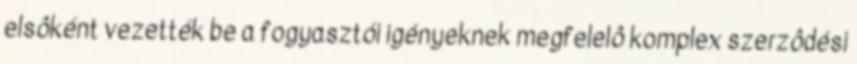
elsôként vezették be a fogyasztói igényeknek megfelelô komplex szerzôdési